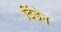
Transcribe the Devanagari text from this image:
टिंडेन